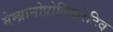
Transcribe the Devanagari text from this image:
मेम्ब्रानोप्रोलिफरेटिव